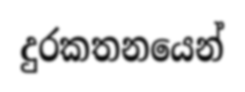
දුරකතනයෙන්